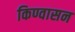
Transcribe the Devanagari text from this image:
किण्वासन